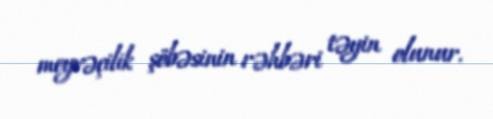
meyvəçilik şöbəsinin rəhbəri təyin olunur.